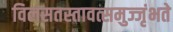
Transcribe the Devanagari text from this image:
विलसतस्तावत्समुज्जृंभते